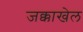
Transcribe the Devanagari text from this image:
जक्काखेल